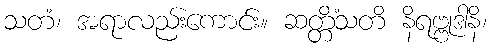
သတံ၊ အရာလည်းကောင်း။ ဆတ္တိံသတိ နိရဗ္ဗုဒါနိ၊